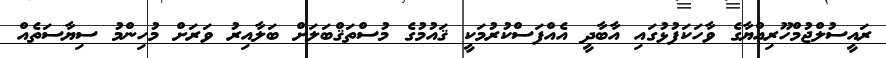
ރައީސުލްޖުމްހޫރިއްޔާގެ ވާހަކަފުޅުގައި އާބާދީ އެއްފަސްކުރުމަކީ ޤައުމުގެ މުސްތަޤްބަލަށް ބަލާއިރު ވަރަށް މުހިންމު ސިޔާސަތެއް